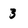
Character: 3